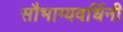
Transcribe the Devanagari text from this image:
सौभाग्यवर्धिनी